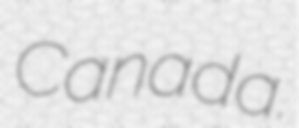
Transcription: Canada.